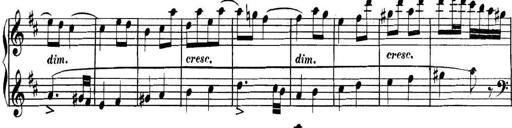
Title: Collected Piano Sonatas
Composer: Muzio Clementi